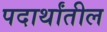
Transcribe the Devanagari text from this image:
पदार्थांतील